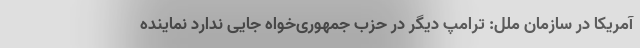
آمریکا در سازمان ملل: ترامپ دیگر در حزب جمهوری‌خواه جایی ندارد نماینده